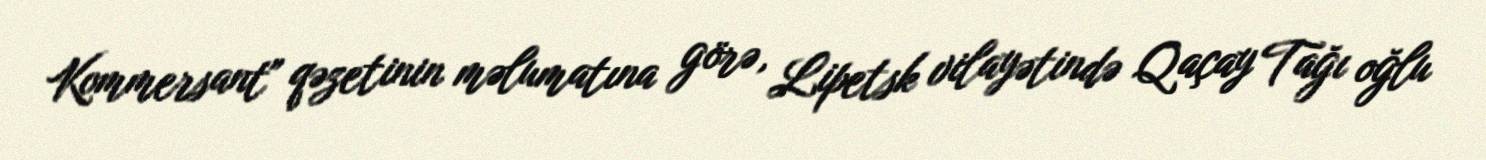
Kommersant" qəzetinin məlumatına görə, Lipetsk vilayətində Qaçay Tağı oğlu